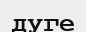
дуге